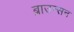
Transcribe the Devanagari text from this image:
ब्राउन्सन